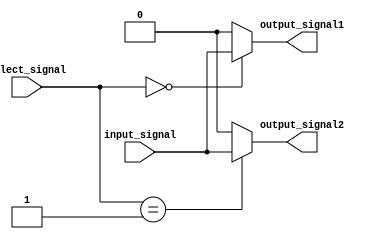
module demultiplexer (
  input wire input_signal,
  input wire [1:0] select_signal,
  output reg output_signal1,
  output reg output_signal2
);

always @* begin
  case (select_signal)
    2'b00: begin
      output_signal1 = input_signal;
      output_signal2 = 1'b0;
    end
    2'b01: begin
      output_signal1 = 1'b0;
      output_signal2 = input_signal;
    end
    default: begin
      output_signal1 = 1'b0;
      output_signal2 = 1'b0;
    end
  endcase
end

endmodule